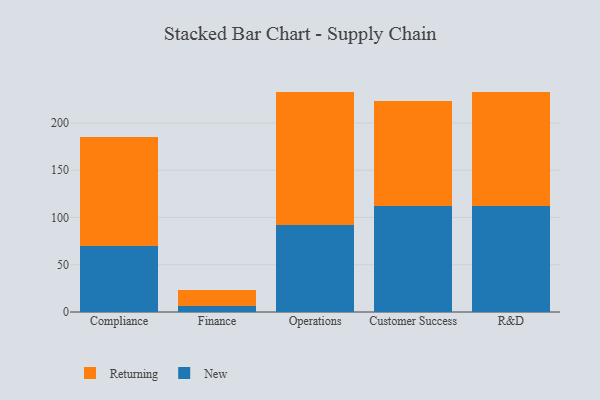
{"axis": {"x": "Department", "y": "Waste Production (Tons)"}, "legend": ["New", "Returning"], "data": [{"x": "Compliance", "y": 69.5, "type": "New"}, {"x": "Compliance", "y": 115.4, "type": "Returning"}, {"x": "Finance", "y": 6.4, "type": "New"}, {"x": "Finance", "y": 16.6, "type": "Returning"}, {"x": "Operations", "y": 91.5, "type": "New"}, {"x": "Operations", "y": 140.7, "type": "Returning"}, {"x": "Customer Success", "y": 112.1, "type": "New"}, {"x": "Customer Success", "y": 110.8, "type": "Returning"}, {"x": "R&D", "y": 111.6, "type": "New"}, {"x": "R&D", "y": 121.5, "type": "Returning"}]}